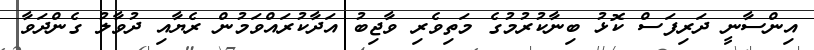
އިންސާނީ ދަރިފަސް ކޮޅު ބިނާކުރުމުގެ މަތިވެރި ވާޖިބު އަދާކުރައްވަމުން ރެޔާއި ދުވާލު ގެންދަވާ